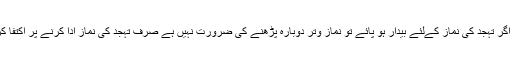
پھر اگر تہجد کی نماز کےلئے بیدار ہو پائے تو نماز وتر دوبارہ پڑھنے کی ضرورت نہیں ہے صرف تہجد کی نماز ادا کرنے پر اکتفا کریں۔